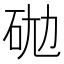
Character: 𰦮